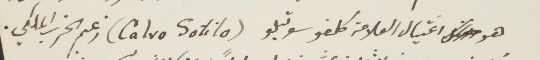
هو اغتيال العلامة كلفو سوتيلو (Calvo Sotilo) زعيم الحزب الملكي